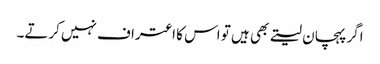
اگر پہچان لیتے بھی ہیں تو اس کا اعتراف نہیں کرتے۔